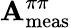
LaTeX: \mathbf{A}_{\mathrm{{meas}}}^{\pi\pi}